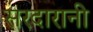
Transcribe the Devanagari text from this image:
सरदारानी